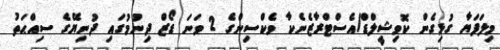
މިލަފަޔާ ގުޅިގެން ކޮވިޝީލްޑް/އެސްޓްރާޒެނެކާ ވެކްސިންގެ 2 ވަނަ ޑޯޒް ދިނުމުގައި ދުނިޔޭގެ ސިއްޙަތު